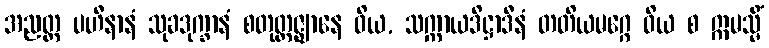
အညတ္ထ ပဟီနာနံ သုခဒုက္ခာနံ စတုတ္ထဇ္ဈာနေ ဝိယ, သက္ကာယဒိဋ္ဌာဒီနံ တတိယမဂ္ဂေ ဝိယ စ ဣမသ္မိံ